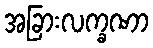
အခြားလက္ခဏာ